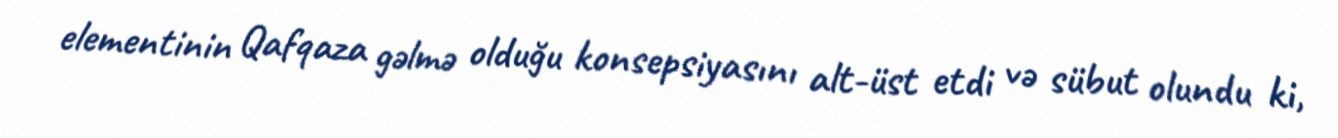
elementinin Qafqaza gəlmə olduğu konsepsiyasını alt-üst etdi və sübut olundu ki,